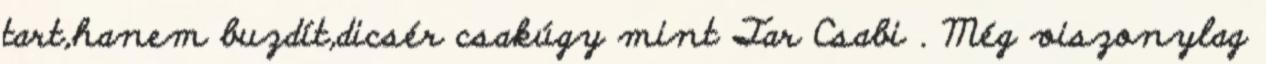
tart,hanem buzdít,dicsér csakúgy mint Tar Csabi . Még viszonylag